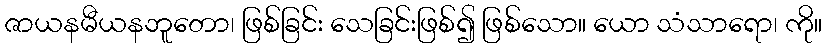
ဇာယနမီယနဘူတော၊ ဖြစ်ခြင်း သေခြင်းဖြစ်၍ ဖြစ်သော။ ယော သံသာရော၊ ကို။